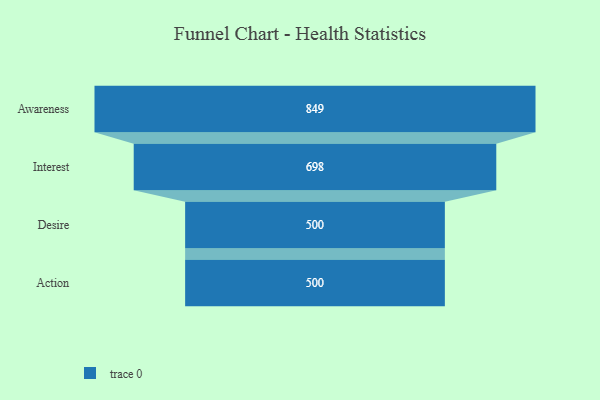
{"axis": {"x": "Stage", "y": "Value"}, "legend": [""], "data": [{"x": "Awareness", "y": 849.0, "type": ""}, {"x": "Interest", "y": 698.0, "type": ""}, {"x": "Desire", "y": 500, "type": ""}, {"x": "Action", "y": 500, "type": ""}]}